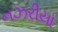
નઝરીયા